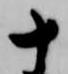
十